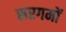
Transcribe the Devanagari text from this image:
सरगमों